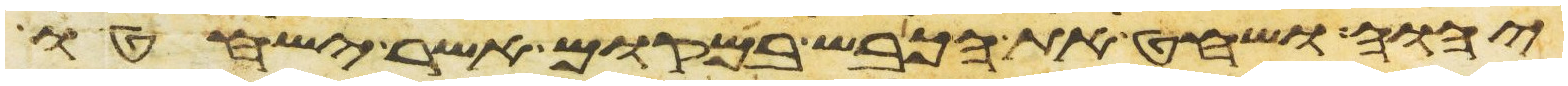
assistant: יהוה ושחט את הכבש במקום אשר ישחטו